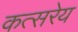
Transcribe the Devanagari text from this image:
कत्सरेय